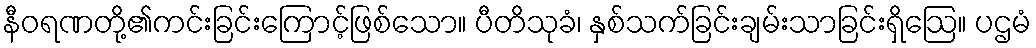
နီဝရဏတို့၏ကင်းခြင်းကြောင့်ဖြစ်သော။ ပီတိသုခံ၊ နှစ်သက်ခြင်းချမ်းသာခြင်းရှိဩေ။ ပဌမံ